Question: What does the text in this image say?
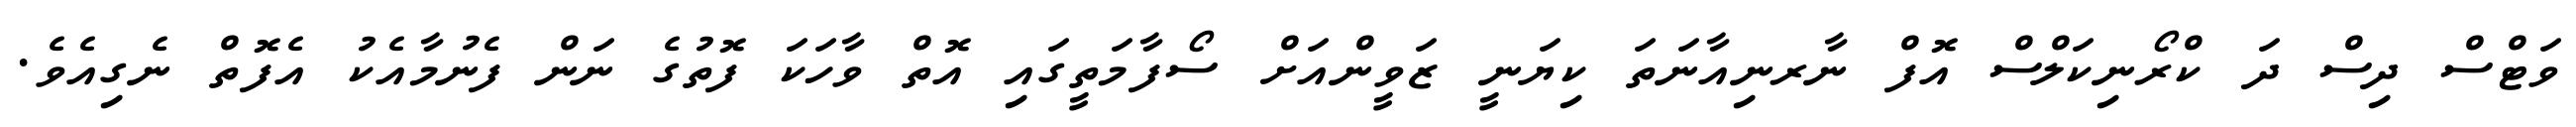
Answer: ވަޓްސް ދިސް ދަ ކްރޯނިކަލްސް އޮފް ނާރނިއާނަތަ ކިޔަނީ ޒަވީންއަށް ސޯފާމަތީގައި އޮތް ވާހަކަ ފޮތުގެ ނަން ފެނުމާއެކު އެފޮތް ނެގިއެވެ.